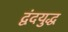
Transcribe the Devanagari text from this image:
द्वंदयुद्ध